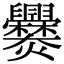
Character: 爨